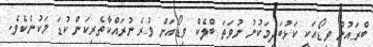
ބްރައުން ވިޑޯއަކީ ކަޅުބަދިމަކުނު ނުވަތަ ބްލެކް ވިޑޯއަށް ވުރެ ނުރައްކާތެރިކަން ކުޑަ މަކުނެކެވެ.